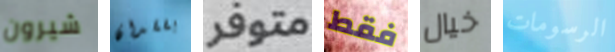
شيرون بفقدان متوفر فقط خيال الرسومات